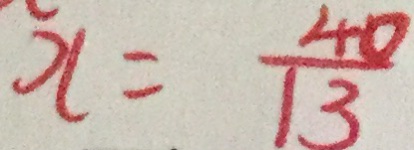
x = \frac { 4 0 } { 1 3 }